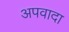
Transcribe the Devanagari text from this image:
अपवादा